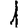
Digit: 1